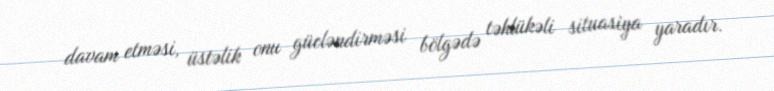
davam etməsi, üstəlik onu gücləndirməsi bölgədə təhlükəli situasiya yaradır.